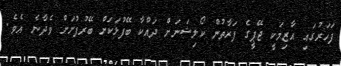
ފަހަރުގައި އާޒިމަކީ ޖޭޕީގެ ފަރާތުން ކޯލިޝަނަށް ދައްކާ ބޭފުޅަކަށް ބޭރުފުށަށް ވެދާނެ އެވެ.